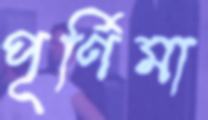
পূর্ণিমা